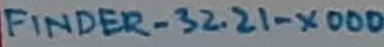
Text: FINDER-32.21-X000